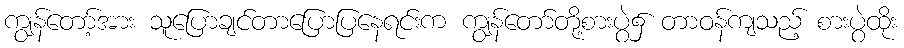
ကျွန်တော့်အား သူပြောချင်တာပြောပြနေရင်းက ကျွန်တော်တို့စားပွဲ၌ တာဝန်ကျသည့် စားပွဲထိုး